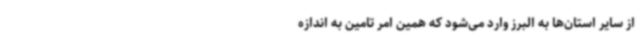
از سایر استان‌ها به البرز وارد می‌شود که همین امر تامین به اندازه